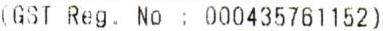
(GST REG. NO : 000435761152)